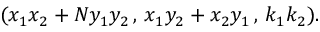
( x _ { 1 } x _ { 2 } + N y _ { 1 } y _ { 2 } \, , \, x _ { 1 } y _ { 2 } + x _ { 2 } y _ { 1 } \, , \, k _ { 1 } k _ { 2 } ) .